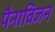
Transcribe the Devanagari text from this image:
पैनाविजन